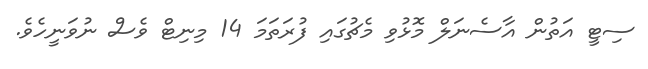
ސިޓީ އަތުން އާސެނަލް މޮޅުވި މެޗުގައި ފުރަތަމަ 14 މިނިޓް ވެސް ނުވަނީހެވެ.